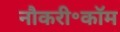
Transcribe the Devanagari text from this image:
नौकरी॰कॉम